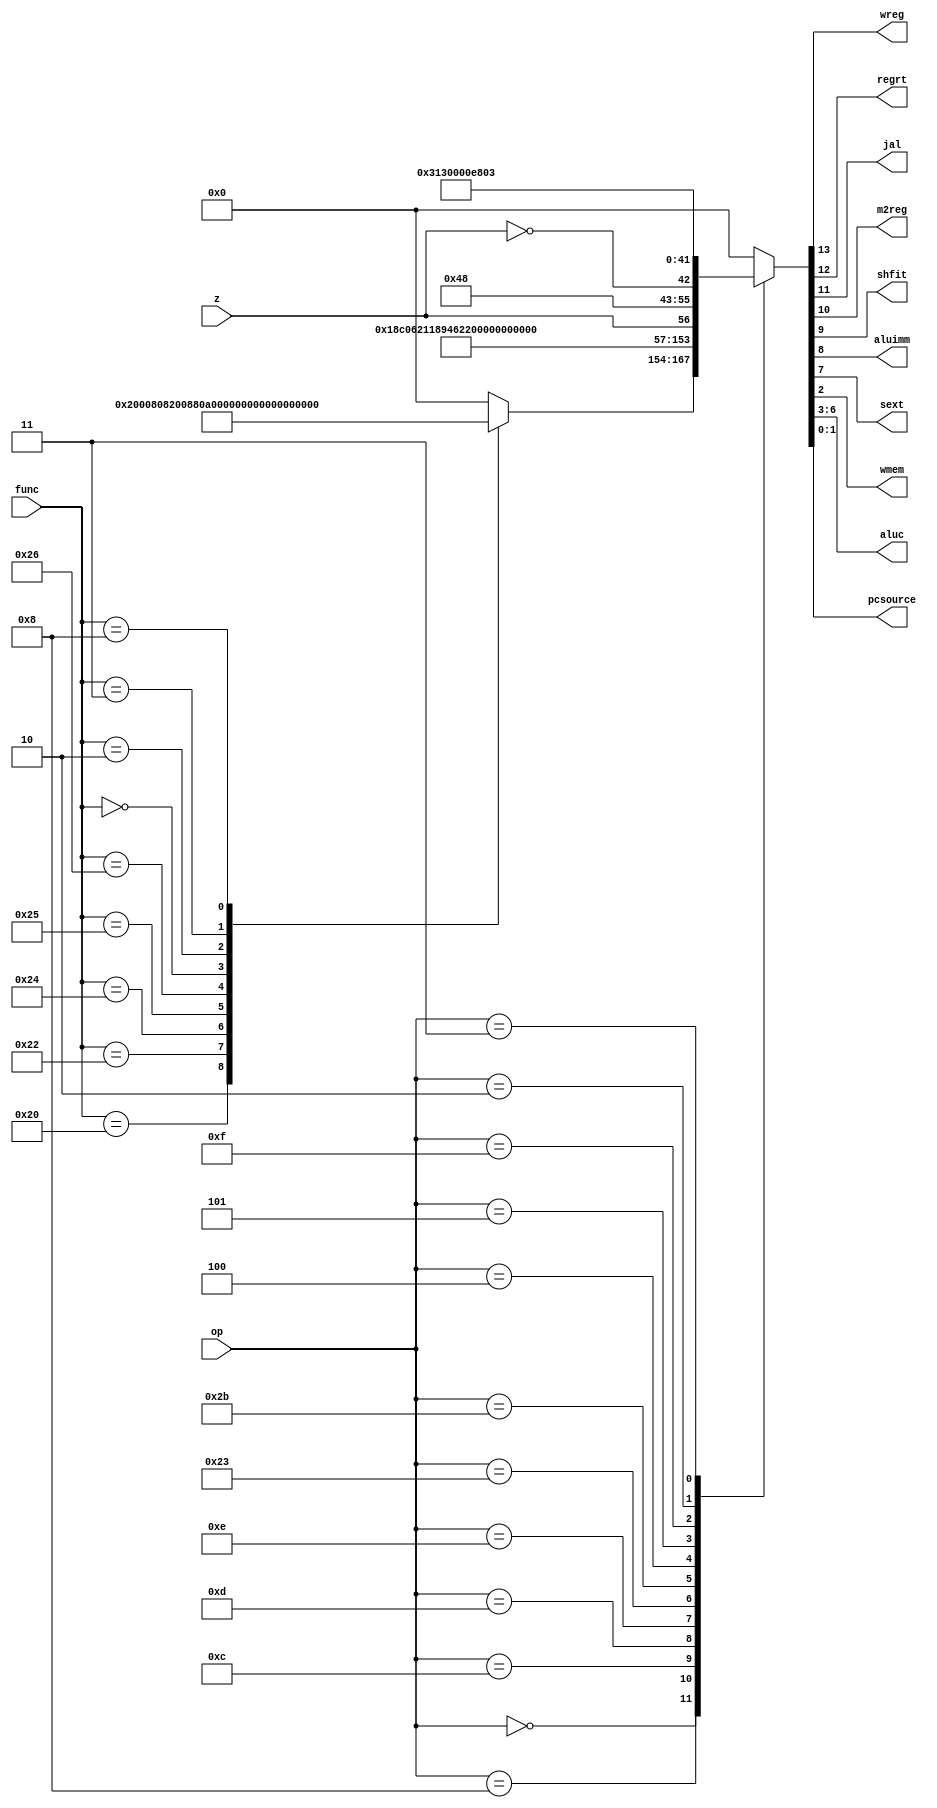
module CONTROL_UNIT(
	input[5:0] op,func,
	input z,
	output wreg,regrt,jal,m2reg,shfit,aluimm,sext,wmem,
	output[3:0] aluc,
	output[1:0] pcsource
    );
	
	parameter cmd_add = 6'b100000;
	parameter cmd_sub = 6'b100010;
	parameter cmd_and = 6'b100100;
	parameter cmd_or = 6'b100101;
	parameter cmd_xor = 6'b100110;
	parameter cmd_sll = 6'b000000;
	parameter cmd_srl = 6'b000010;
	parameter cmd_sra = 6'b000011;
	parameter cmd_jr = 6'b001000;
	parameter cmd_addi = 6'b001000;
	parameter cmd_andi = 6'b001100;
	parameter cmd_ori = 6'b001101;
	parameter cmd_xori = 6'b001110;
	parameter cmd_lw = 6'b100011;
	parameter cmd_sw = 6'b101011;
	parameter cmd_beq = 6'b000100;
	parameter cmd_bne = 6'b000101;
	parameter cmd_lui = 6'b001111;
	parameter cmd_j = 6'b000010;
	parameter cmd_jal = 6'b000011;


	reg[13:0] cmd_out;

	always @(*) begin
		case (op)
			6'b0 : begin
				case (func)
					cmd_add : cmd_out <= 14'b10000000000000;
					cmd_sub : cmd_out <= 14'b10000000100000;
					cmd_and : cmd_out <= 14'b10000000001000;
					cmd_or : cmd_out <= 14'b10000000101000;
					cmd_xor : cmd_out <= 14'b10000000010000;
					cmd_sll : cmd_out <= 14'b10001000011000;
					cmd_srl : cmd_out <= 14'b10001000111000;
					cmd_sra : cmd_out <= 14'b10001001111000;
					cmd_jr : cmd_out <= 14'b00000000000010;
					default : cmd_out <= 14'b00000000000000;
				endcase
			end
			cmd_addi : cmd_out <= 14'b11000110000000;
			cmd_andi : cmd_out <= 14'b11000100001000;
			cmd_ori : cmd_out <= 14'b11000100101000;
			cmd_xori : cmd_out <= 14'b11000100010000;
			cmd_lw : cmd_out <= 14'b11010110000000;
			cmd_sw : cmd_out <= 14'b00000110000100;
			cmd_beq : cmd_out <= {13'b0000001001000,z};
			cmd_bne : cmd_out <= {13'b0000001001000,~z};
			cmd_lui : cmd_out <= 14'b11000100110000;
			cmd_j : cmd_out <= 14'b00000000000011;
			cmd_jal : cmd_out <= 14'b10100000000011;
			default : cmd_out <= 14'b00000000000000;
		endcase
	end

	assign wreg = cmd_out[13];
	assign regrt = cmd_out[12];
	assign jal = cmd_out[11];
	assign m2reg = cmd_out[10];
	assign shfit = cmd_out[9];
	assign aluimm = cmd_out[8];
	assign sext = cmd_out[7];
	assign aluc = cmd_out[6:3];
	assign wmem = cmd_out[2];
	assign pcsource = cmd_out[1:0];

endmodule